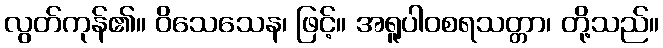
လွတ်ကုန်၏။ ဝိသေသေန၊ ဖြင့်။ အရူပါဝစရသတ္တာ၊ တို့သည်။